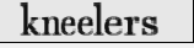
kneelers